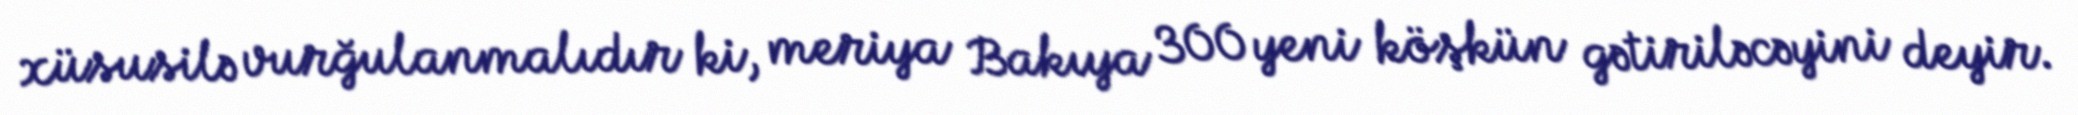
xüsusilə vurğulanmalıdır ki, meriya Bakıya 300 yeni köşkün gətiriləcəyini deyir.